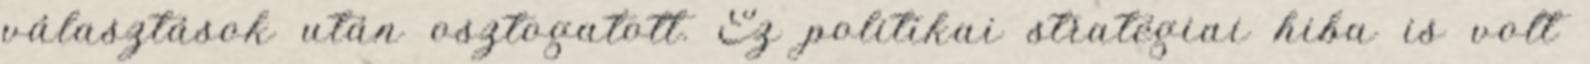
választások után osztogatott. Ez politikai stratégiai hiba is volt